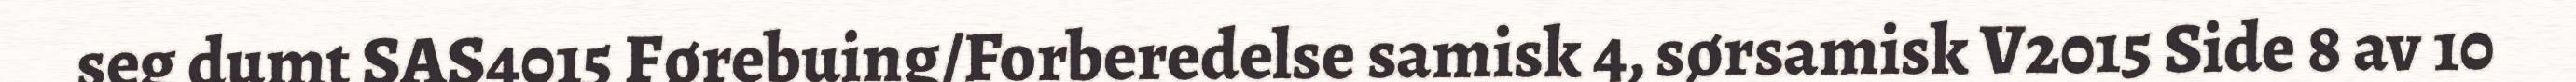
seg dumt SAS4015 Førebuing/Forberedelse samisk 4, sørsamisk V2015 Side 8 av 10